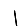
Digit: 1